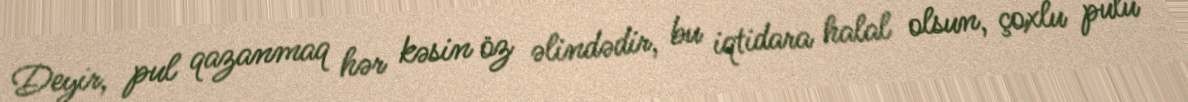
Deyir, pul qazanmaq hər kəsin öz əlindədir, bu iqtidara halal olsun, çoxlu pulu